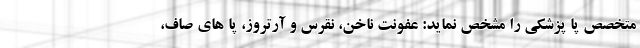
متخصص پا پزشکی را مشخص نماید: عفونت ناخن، نقرس و آرتروز، پا های صاف،